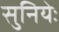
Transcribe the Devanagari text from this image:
सुनियेः